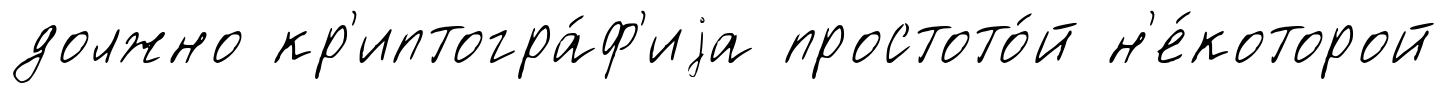
должно кр'иптогра́ф'иjа простото́й н'е́которой